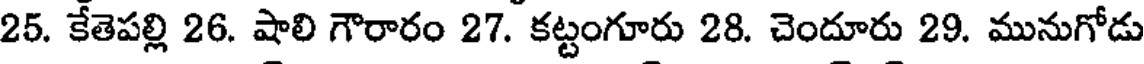
25. కేతెపల్లి 26. షాలి గౌరారం 27. కట్టంగూరు 28. చెందూరు 29. మునుగోడు